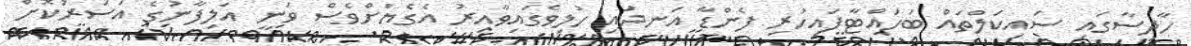
ހާދިސާގައި ސައިކަލްތައް ބަހައްޓާފައިހުރި ފެންޑާ އަނދައި ހުލިވެގައިވާއިރު އެގެޔަށްވެސް ވަނީ އަލިފާނުގެ އަސަރުކޮށް